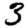
Digit: 3